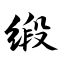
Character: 缎